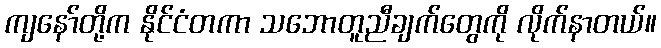
ကျနော်တို့က နိုင်ငံတကာ သဘောတူညီချက်တွေကို လိုက်နာတယ်။